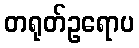
တရုတ်ဥရောပ